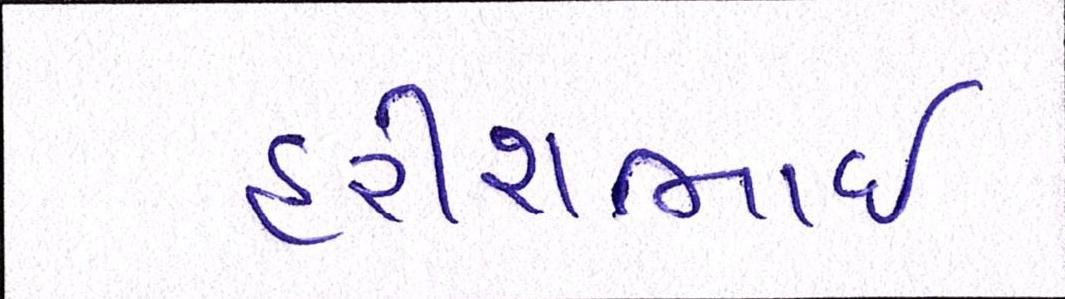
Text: હરીશભાઈ